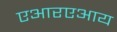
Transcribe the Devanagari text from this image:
एआरएआय